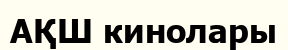
АҚШ кинолары